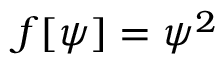
f [ \psi ] = \psi ^ { 2 }